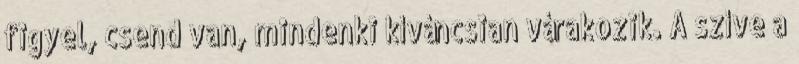
figyel, csend van, mindenki kíváncsian várakozik. A szíve a